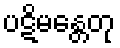
ပဋိမန္တေတု